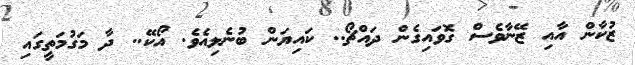
ޒުކާން އާއި ޒޭނާވެސް ގޮވައިގެން ދައްޗޯ.. ކައިޔަން ބުނެލިއެވެ. އޯކޭ.. ދާ މަގުމަތީގައި